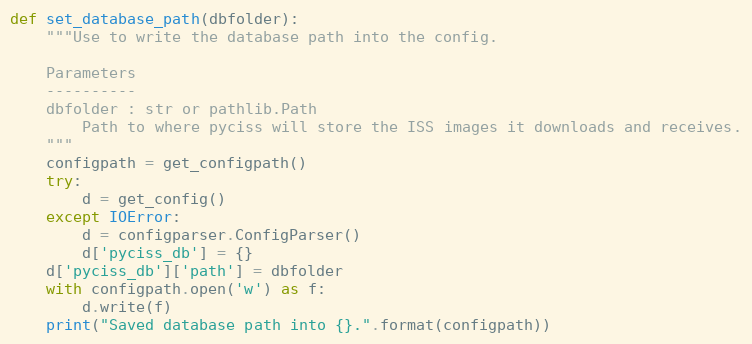
Language: Python
def set_database_path(dbfolder):
    """Use to write the database path into the config.

    Parameters
    ----------
    dbfolder : str or pathlib.Path
        Path to where pyciss will store the ISS images it downloads and receives.
    """
    configpath = get_configpath()
    try:
        d = get_config()
    except IOError:
        d = configparser.ConfigParser()
        d['pyciss_db'] = {}
    d['pyciss_db']['path'] = dbfolder
    with configpath.open('w') as f:
        d.write(f)
    print("Saved database path into {}.".format(configpath))